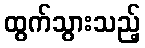
ထွက်သွားသည့်